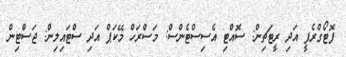
ފޮޓޯގްރެފީ އަދި ރީޓަޗިން: ސޮއްޓި އެސިސްޓެންސް: މަސްރަހް މޭކަޕް އަދި ސްޓައިލިން: ޖަސްޓިން